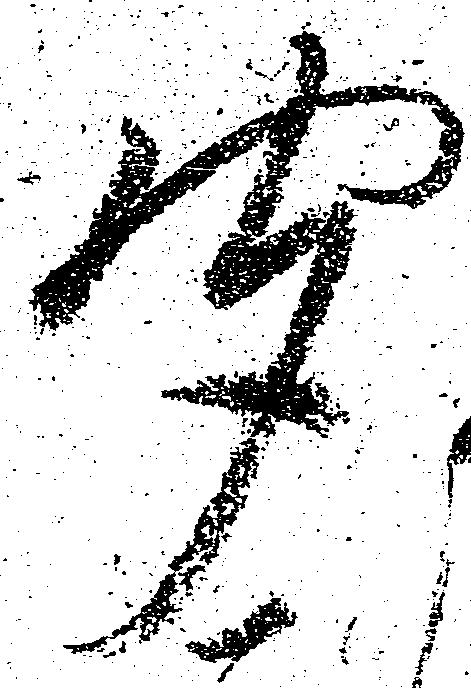
聞